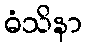
ဓံသိနာ